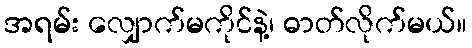
အရမ်း လျှောက်မကိုင်နဲ့၊ ဓာတ်လိုက်မယ်။